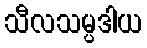
သီလသမ္ပဒါယ